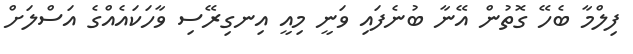
ފިލްމާ ބެހޭ ގޮތުން އޭނާ ބުނެފައި ވަނީ މިއީ އިނގިރޭސި ވާހަކައެއްގެ އަސްލަށް